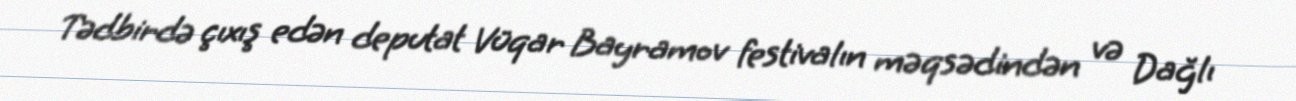
Tədbirdə çıxış edən deputat Vüqar Bayramov festivalın məqsədindən və Dağlı